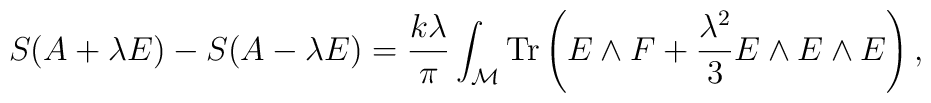
S(A+\lambda E) - S(A-\lambda E) = {k\lambda\over\pi} \int_{\cal M} {\rm Tr}\left( E\wedge F + {\lambda^2\over 3} E\wedge E\wedge E\right),